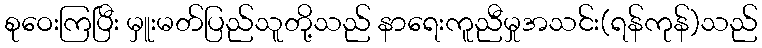
စုဝေးကြပြီး မှူးမတ်ပြည်သူတို့သည် နာရေးကူညီမှုအသင်း(ရန်ကုန်)သည်